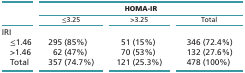
<table><thead><tr><td rowspan="2"></td><td colspan="3"><b>HOMA-IR</b></td></tr><tr><td><b>≤3.25</b></td><td><b>&gt;3.25</b></td><td><b>Total</b></td></tr></thead><tbody><tr><td>IRI</td><td></td><td></td><td></td></tr><tr><td> ≤1.46</td><td>295 (85%)</td><td>51 (15%)</td><td>346 (72.4%)</td></tr><tr><td> &gt;1.46</td><td>62 (47%)</td><td>70 (53%)</td><td>132 (27.6%)</td></tr><tr><td> Total</td><td>357 (74.7%)</td><td>121 (25.3%)</td><td>478 (100%)</td></tr></tbody></table>